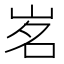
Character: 𡷂